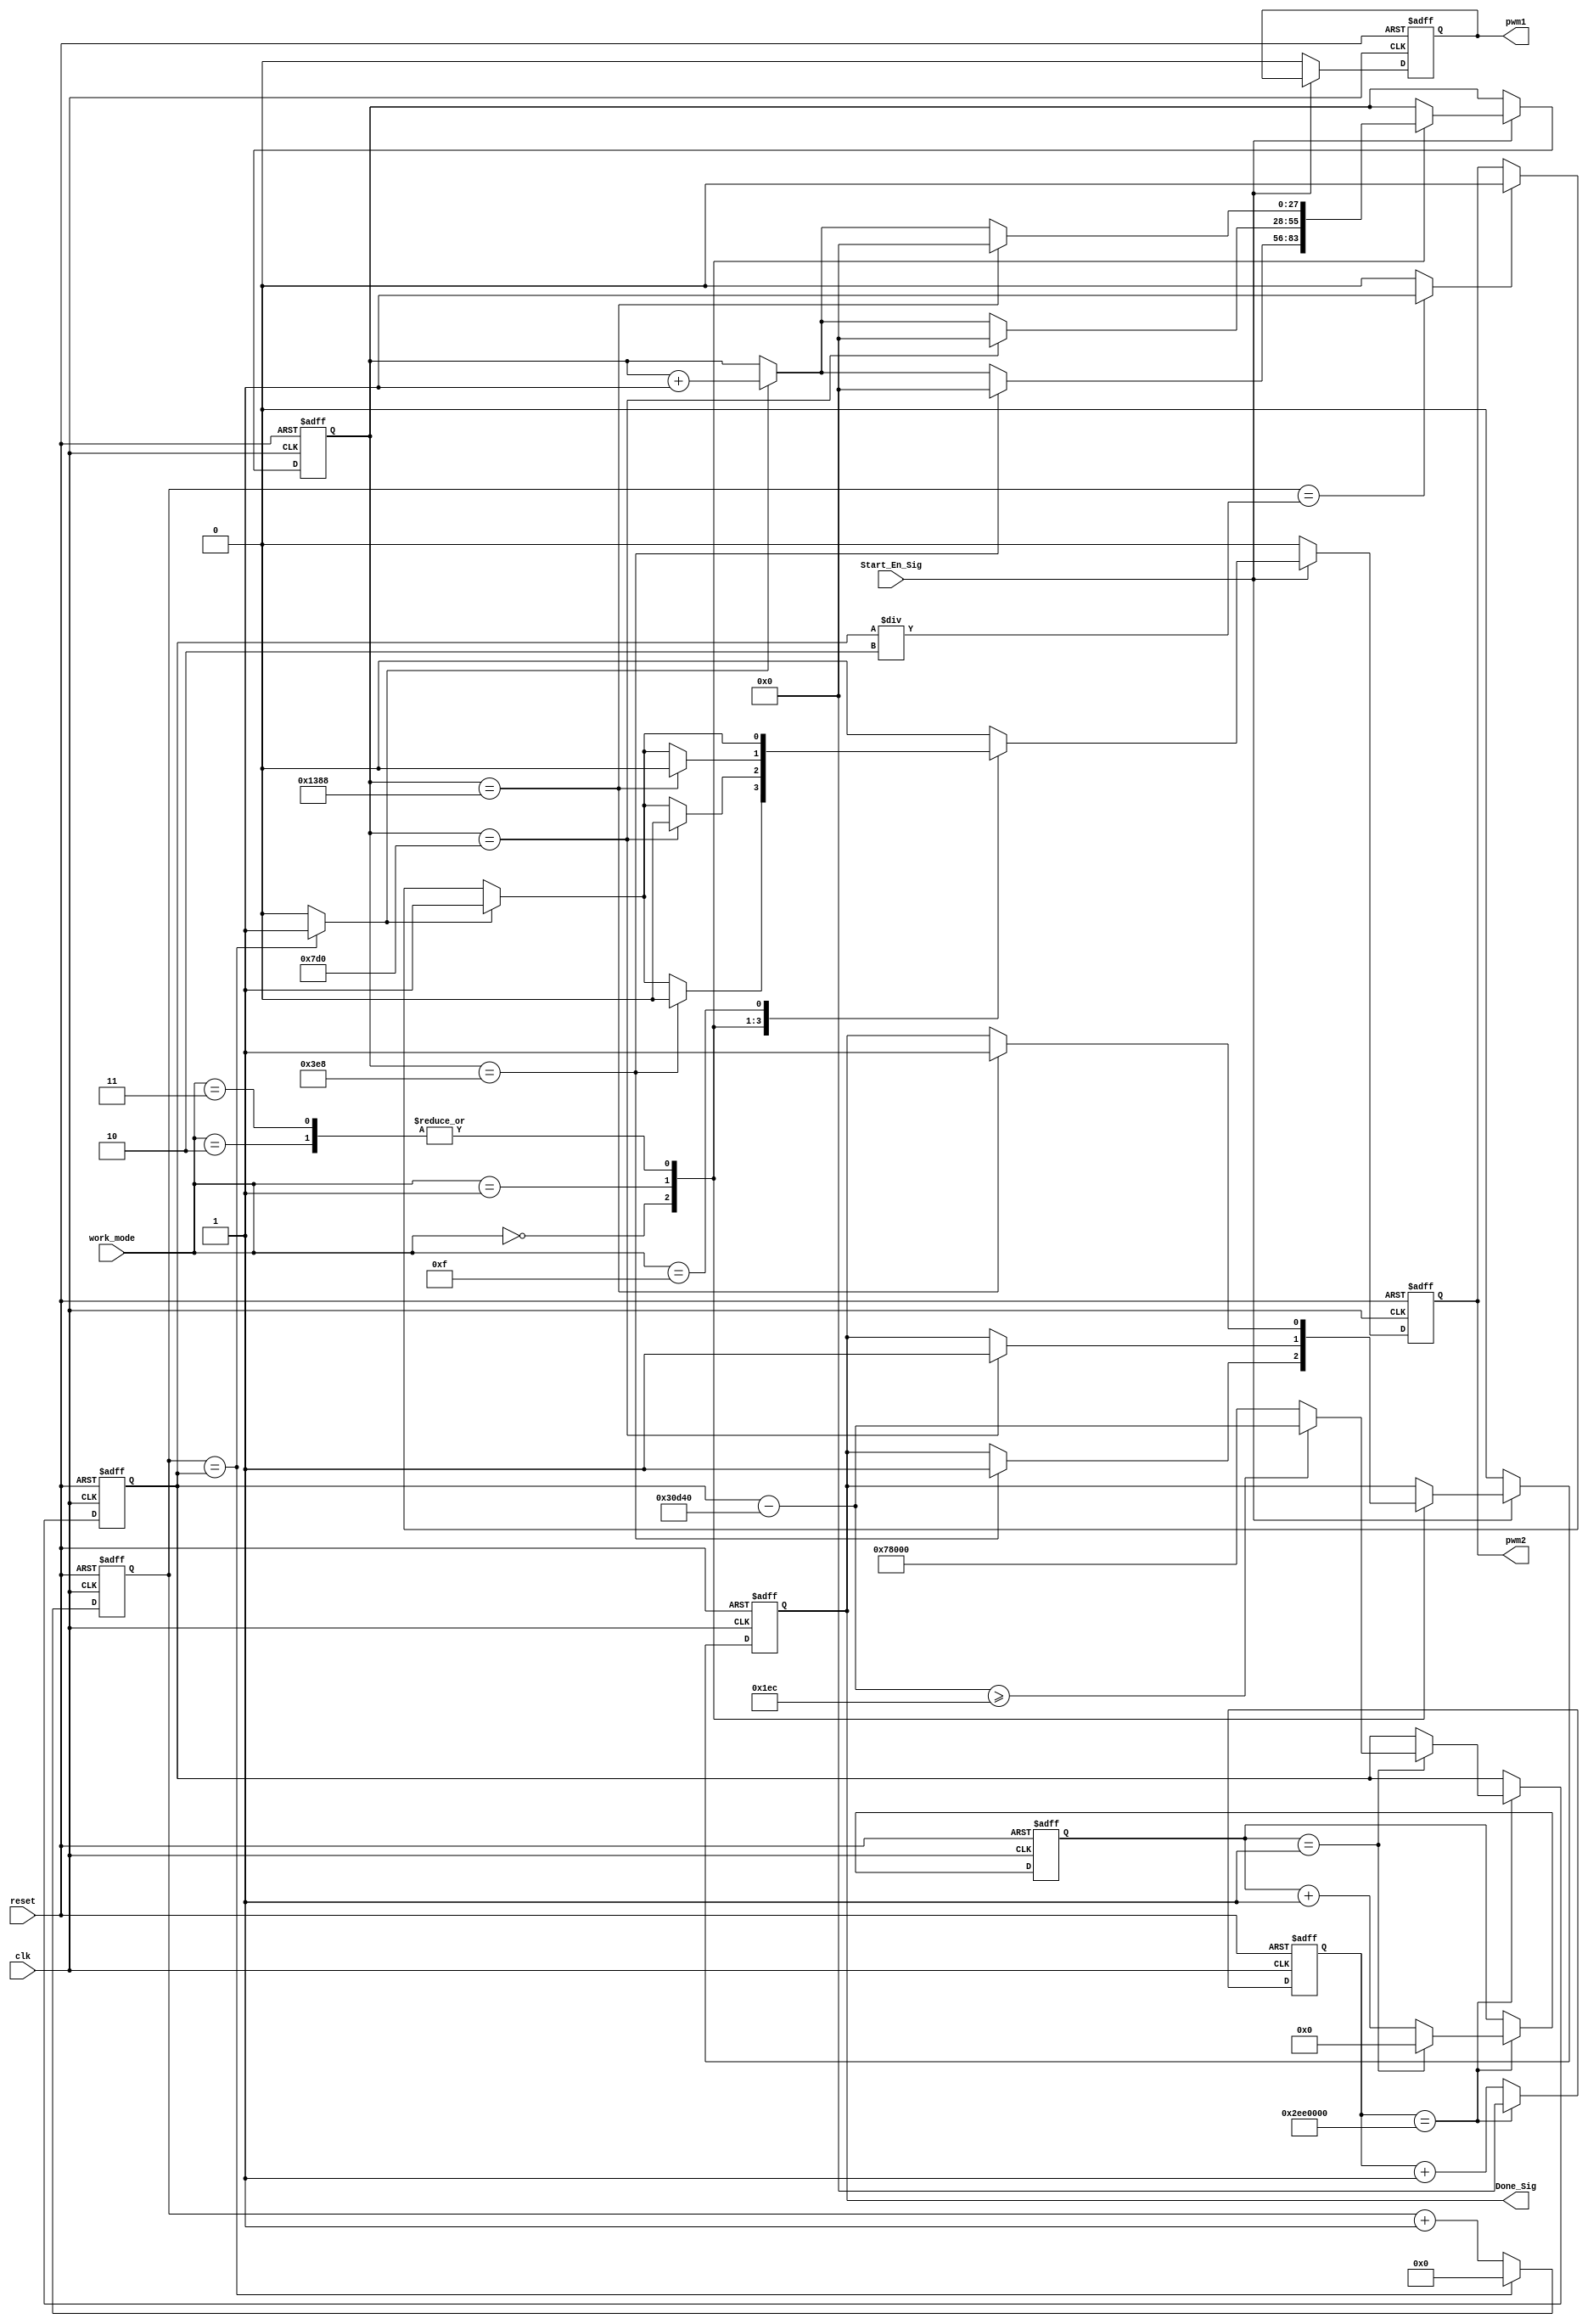
(*preserve*) module pwm_module(clk,reset,Start_En_Sig,work_mode,pwm1,pwm2,Done_Sig);
input clk;
input reset;
input Start_En_Sig;
input [3:0] work_mode;
output reg pwm1;
output reg pwm2;
output reg Done_Sig;

//generate 1Hz tick.
//49.152MHz/1Hz=49152000
reg [27:0] counter_1hz;
wire clk_1hz;
reg [3:0] timers_5s;
reg [19:0] updated_threshold/*synthesis preserve*/;
always@(posedge clk or posedge reset)
begin
	if(reset)	begin
					counter_1hz<=28'd0;
					timers_5s<=4'd0;
					updated_threshold<=20'd491520;
				end
	else if(counter_1hz==28'd49152000)	begin
											counter_1hz<=28'd0;
											//last 5s then update threshold to change frequency.
											if(timers_5s==4'd1)	begin
																	timers_5s<=4'd0;
																	if((updated_threshold-20'd200000)>=20'd492) 
																		updated_threshold<=updated_threshold-20'd200000;
																	else
																		updated_threshold<=20'd491520;
																end
											else
												timers_5s<=timers_5s+1'b1;
										end
	else
		counter_1hz<=counter_1hz+1'b1;
end
assign clk_1hz=(counter_1hz==28'd49152000)?1'b1:1'b0;

//generate 100khz.
//49.152MHz/100kHz=491.52
//because counter starts from zero, so threshold value should subtract 1,it's 490.
//490 needs 12bits to store.
//but the frequency now is 100khz/2=50khz.
//so if we want 100khz in real, it should be 490/2=245.
//if we want 50khz, it should be 122.5
//from 100Hz~100KHz.
//49.152Mhz/100Hz=491520
//49.152Mhz/1KHz=49152
//49.152Mhz/100KHz=491.52
reg [19:0] counter;
wire clk_100khz/*synthesis keep*/;
//duty cycle control.
wire duty_cycle_pulse/*synthesis keep*/;

always@(posedge clk or posedge reset)
begin
	if(reset) 
		counter<=12'd0;
	else if(counter==updated_threshold)	
		counter<=12'd0;
	else
		counter<=counter+1'b1;
end
//only valid in one-pulse.
assign clk_100khz=(counter==updated_threshold)?1'b1:1'b0;
//duty cycle,50%.
assign duty_cycle_pulse=(counter==updated_threshold/2)?1'b1:1'b0;

//we only output 100 pulse of 100khz.
//f=100KHz,t=1/f=1/100khz=0.000,01S=0.01mS=10uS
//100khz, i+1.
//1s=1Hz,0.5S=2Hz,0.1S=10Hz.
//100KHz/1Hz=100,000
//100KHz/10Hz=10,000
//100kHz/50Hz=2000,1/50Hz=0.02S=20mS
//100kHz/100Hz=1000,1/100Hz=0.01S=10mS
parameter i_THRESHOLD_Tiny=28'd1000;//10uS*1000=10mS
parameter i_THRESHOLD_Small=28'd2000;//10uS*2000=20mS
parameter i_THRESHOLD_Normay=28'd5000;//10uS*5000=50mS
parameter i_THRESHOLD_Large=28'd10000;//10uS*10000=100mS
reg [27:0] i;
always@(posedge clk or posedge reset)
begin
	if(reset) begin
					pwm1<=1'b0;
					pwm2<=1'b0;
					Done_Sig<=1'b0;
					i<=12'd0;
			  end
	else if(Start_En_Sig) begin
							case(work_mode)
								4'd0: begin //tiny step mode.
										if(i==i_THRESHOLD_Tiny) begin
																	i<=12'd0;
																	pwm2<=1'b0;
																	Done_Sig<=1'b1;
										    					end
										else begin
												if(clk_100khz)
														begin pwm2<=1'b1; i<=i+1'b1; end
												else if(duty_cycle_pulse)
														begin pwm2<=1'b0; end
								 			 end	
			              				end
								4'd1: begin //Small step mode.
										if(i==i_THRESHOLD_Small) 	begin
																		i<=12'd0;
																		pwm2<=1'b0;
																		Done_Sig<=1'b1;
										    						end
										else begin
												if(clk_100khz)
														begin pwm2<=1'b1; i<=i+1'b1; end
												else if(duty_cycle_pulse)
														begin pwm2<=1'b0; end
								 			 end	
									  end
								4'd2: begin //Normal step mode.
										if(i==i_THRESHOLD_Normay) 	begin
																		i<=12'd0;
																		pwm2<=1'b0;
																		Done_Sig<=1'b1;
										    						end
										else begin
												if(clk_100khz)
														begin pwm2<=1'b1; i<=i+1'b1; end
												else if(duty_cycle_pulse)
														begin pwm2<=1'b0; end
								 			 end	
									  end
								4'd3: begin //Large step mode.
											if(i==i_THRESHOLD_Normay) 	begin
																			i<=12'd0;
																			pwm2<=1'b0;
																			Done_Sig<=1'b1;
										    							end
										else begin
												if(clk_100khz)
														begin pwm2<=1'b1; i<=i+1'b1; end
												else if(duty_cycle_pulse)
														begin pwm2<=1'b0; end
								 			 end
									  end
								4'd15: 	begin //continous run mode.
												if(clk_100khz)
													pwm2<=1'b1;
												else if(duty_cycle_pulse)
													pwm2<=1'b0;
										end
								default: begin 
											pwm2<=1'b0;
								  		 end
							endcase
						end
	else begin
			pwm1<=1'b0;
			pwm2<=1'b0;
			Done_Sig<=1'b0;
	     end
end
endmodule